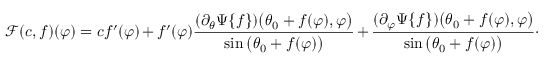
\mathscr { F } ( c , f ) ( \varphi ) = c f ^ { \prime } ( \varphi ) + f ^ { \prime } ( \varphi ) \frac { ( \partial _ { \theta } \Psi \{ f \} ) \big ( \theta _ { 0 } + f ( \varphi ) , \varphi \big ) } { \sin \big ( \theta _ { 0 } + f ( \varphi ) \big ) } + \frac { ( \partial _ { \varphi } \Psi \{ f \} ) \big ( \theta _ { 0 } + f ( \varphi ) , \varphi \big ) } { \sin \big ( \theta _ { 0 } + f ( \varphi ) \big ) } \cdot